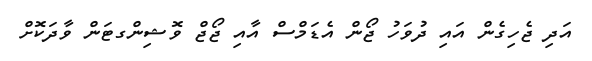
އަދި ޖެހިގެން އައި ދުވަހު ޖޯން އެޑަމްސް އާއި ޖޯޖް ވޮޝިންގޓަން ވާދަކޮށް